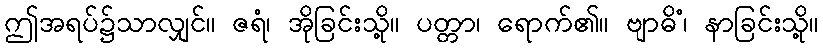
ဤအရပ်၌သာလျှင်။ ဇရံ၊ အိုခြင်းသို့။ ပတ္တာ၊ ရောက်၏။ ဗျာဓိံ၊ နာခြင်းသို့။